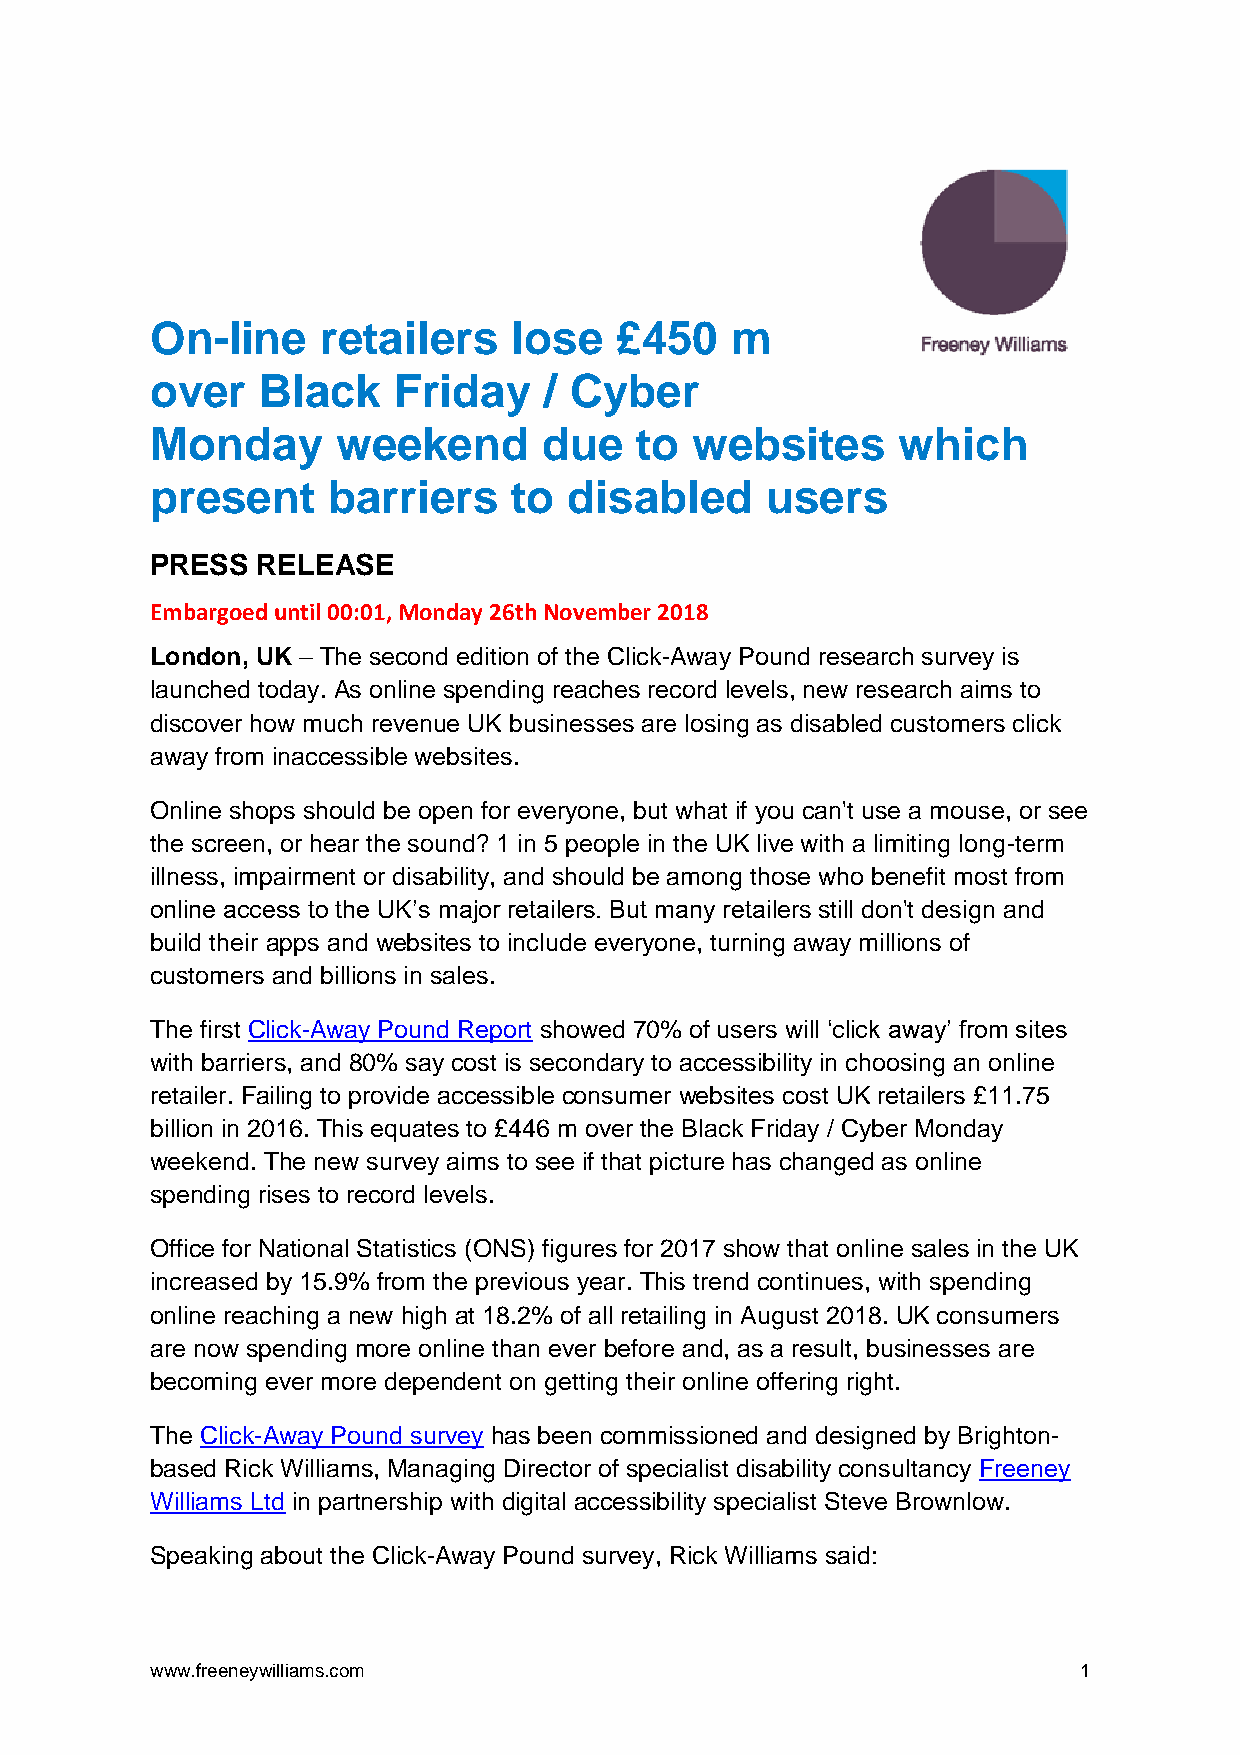
On-line    retailers    lose   £450   m
 over   Black    Friday    / Cyber
 Monday      weekend       due   to  websites     which
 present     barriers    to  disabled     users
 PRESS  RELEASE
 Embargoed until 00:01, Monday 26th November 2018
 London, UK – The second edition of the Click-Away Pound research survey is
 launched today. As online spending reaches record levels, new research aims to
 discover how much revenue UK businesses are losing as disabled customers click
 away from inaccessible websites.
 Online shops should be open for everyone, but what if you can't use a mouse, or see
 the screen, or hear the sound? 1 in 5 people in the UK live with a limiting long-term
 illness, impairment or disability, and should be among those who benefit most from
 online access to the UK’s major retailers. But many retailers still don't design and
 build their apps and websites to include everyone, turning away millions of
 customers and billions in sales.
 The first Click-Away Pound Report showed 70% of users will ‘click away’ from sites
 with barriers, and 80% say cost is secondary to accessibility in choosing an online
 retailer. Failing to provide accessible consumer websites cost UK retailers £11.75
 billion in 2016. This equates to £446 m over the Black Friday / Cyber Monday
 weekend. The new survey aims to see if that picture has changed as online
 spending rises to record levels.
 Office for National Statistics (ONS) figures for 2017 show that online sales in the UK
 increased by 15.9% from the previous year. This trend continues, with spending
 online reaching a new high at 18.2% of all retailing in August 2018. UK consumers
 are now spending more online than ever before and, as a result, businesses are
 becoming ever more dependent on getting their online offering right.
 The Click-Away Pound survey has been commissioned and designed by Brighton-
 based Rick Williams, Managing Director of specialist disability consultancy Freeney
 Williams Ltd in partnership with digital accessibility specialist Steve Brownlow.
 Speaking about the Click-Away Pound survey, Rick Williams said:
 www.freeneywilliams.com                                      1